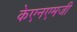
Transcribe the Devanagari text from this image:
केएनएमजी